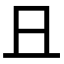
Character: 𠀇